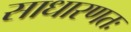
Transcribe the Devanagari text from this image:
साधारणतः